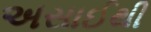
અસાઈથી